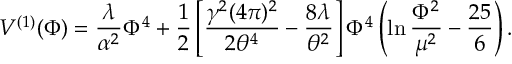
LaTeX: V ^ { ( 1 ) } ( \Phi ) = \frac { \lambda } { \alpha ^ { 2 } } \Phi ^ { 4 } + \frac { 1 } { 2 } \left[ \frac { \gamma ^ { 2 } ( 4 \pi ) ^ { 2 } } { 2 \theta ^ { 4 } } - \frac { 8 \lambda } { \theta ^ { 2 } } \right] \Phi ^ { 4 } \left( \ln \frac { \Phi ^ { 2 } } { \mu ^ { 2 } } - \frac { 2 5 } { 6 } \right) .